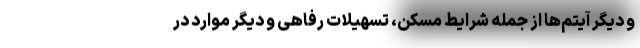
و دیگر آیتم‌ها از جمله شرایط مسکن، تسهیلات رفاهی و دیگر موارد در